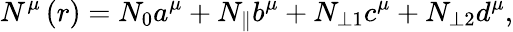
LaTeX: N^{\mu}\left(r\right)=N_{0}a^{\mu}+N_{\parallel}b^{\mu}+N_{\perp 1}c^{\mu}+N_{\perp 2}d^{\mu},